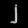
Digit: ၂